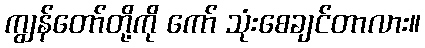
ကျွန်တော်တို့ကို ကော် သုံးစေချင်တာလား။